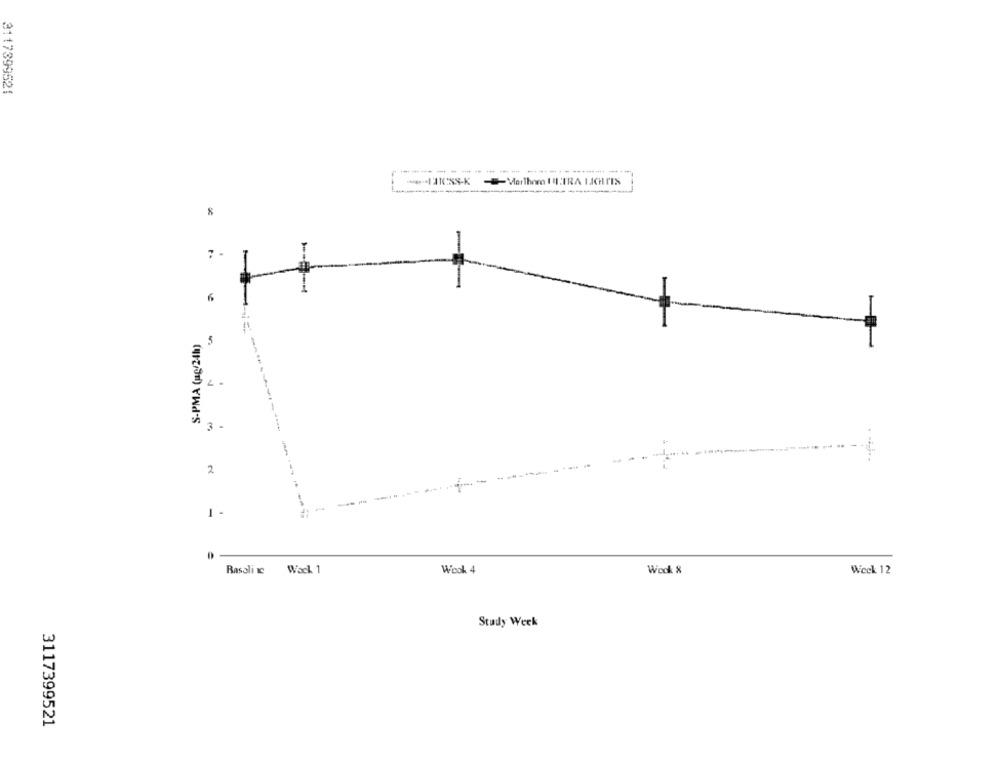
3117399521
-----
----------
Marlhem ULTRA LIGHTIS
7 -
6
S-PMA (ug/24h)
3 -
2
1 -
Rasali c
Wack 1
Wook 4
Wook &
Week 12
Study Week
3117399521